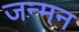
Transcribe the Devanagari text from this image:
जन्मन